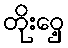
တိုးဝှေ့